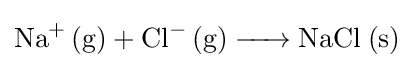
{\ce {Na^+ (g) + Cl^- (g) -> NaCl (s)}}